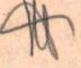
?